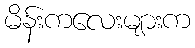
မိန်းကလေးများက